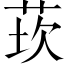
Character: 莰